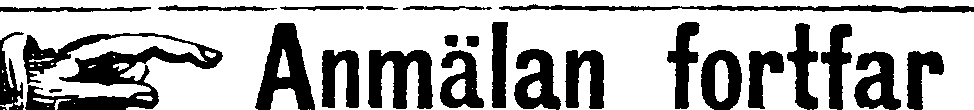
☞ Anmälan fortfar